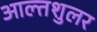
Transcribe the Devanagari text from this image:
आल्तशुलर